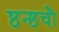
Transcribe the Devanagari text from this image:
ष्ठन्ष्ठचौ